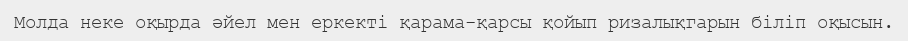
Молда неке оқырда әйел мен еркекті қарама-қарсы қойып ризалықгарын біліп оқысын.